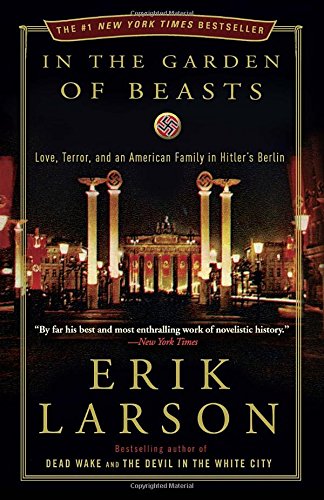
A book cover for In the Garden of Beasts: Love, Terror, and an American Family in Hitler's Berlin; Erik Larson; Biographies & Memoirs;